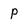
Character: p